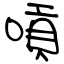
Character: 嗊